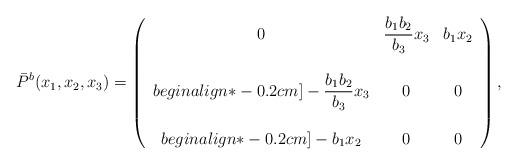
LaTeX: \begin{align*}\bar{P}^{b}(x_{1}, x_{2}, x_{3}) = \left ( \begin{array}{ccc} 0 &\displaystyle\frac{b_{1}b_{2}}{b_{3}}x_{3} & b_{1}x_{2}\\ \\begin{align*}-0.2cm]-\displaystyle\frac{b_{1}b_{2}}{b_{3}}x_{3} & 0 & 0\\ \\begin{align*}-0.2cm]-b_{1}x_{2}& 0 & 0\end{array}\right ),\end{align*}